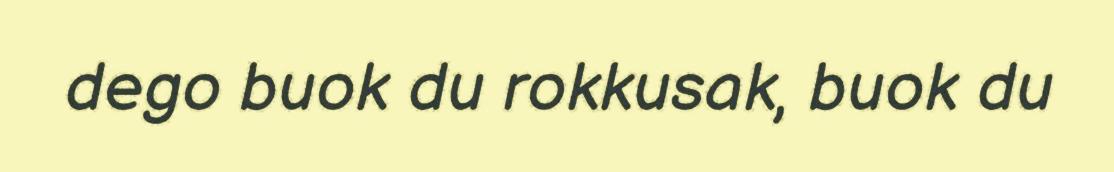
dego buok du rokkusak, buok du